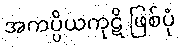
အကပ္ပိယကုဋိ ဖြစ်ပုံ